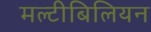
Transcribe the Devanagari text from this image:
मल्टीबिलियन